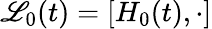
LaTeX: \mathscr{L}_{0}(t)=\left[H_{0}(t),\cdot\right]